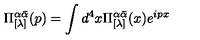
\Pi _ { [ \lambda ] } ^ { \alpha \bar { \alpha } } ( p ) = \int d ^ { 4 } x \Pi _ { [ \lambda ] } ^ { \alpha \bar { \alpha } } ( x ) e ^ { i p x }